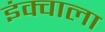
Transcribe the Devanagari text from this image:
इंक्वाला